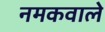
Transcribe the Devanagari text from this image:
नमकवाले